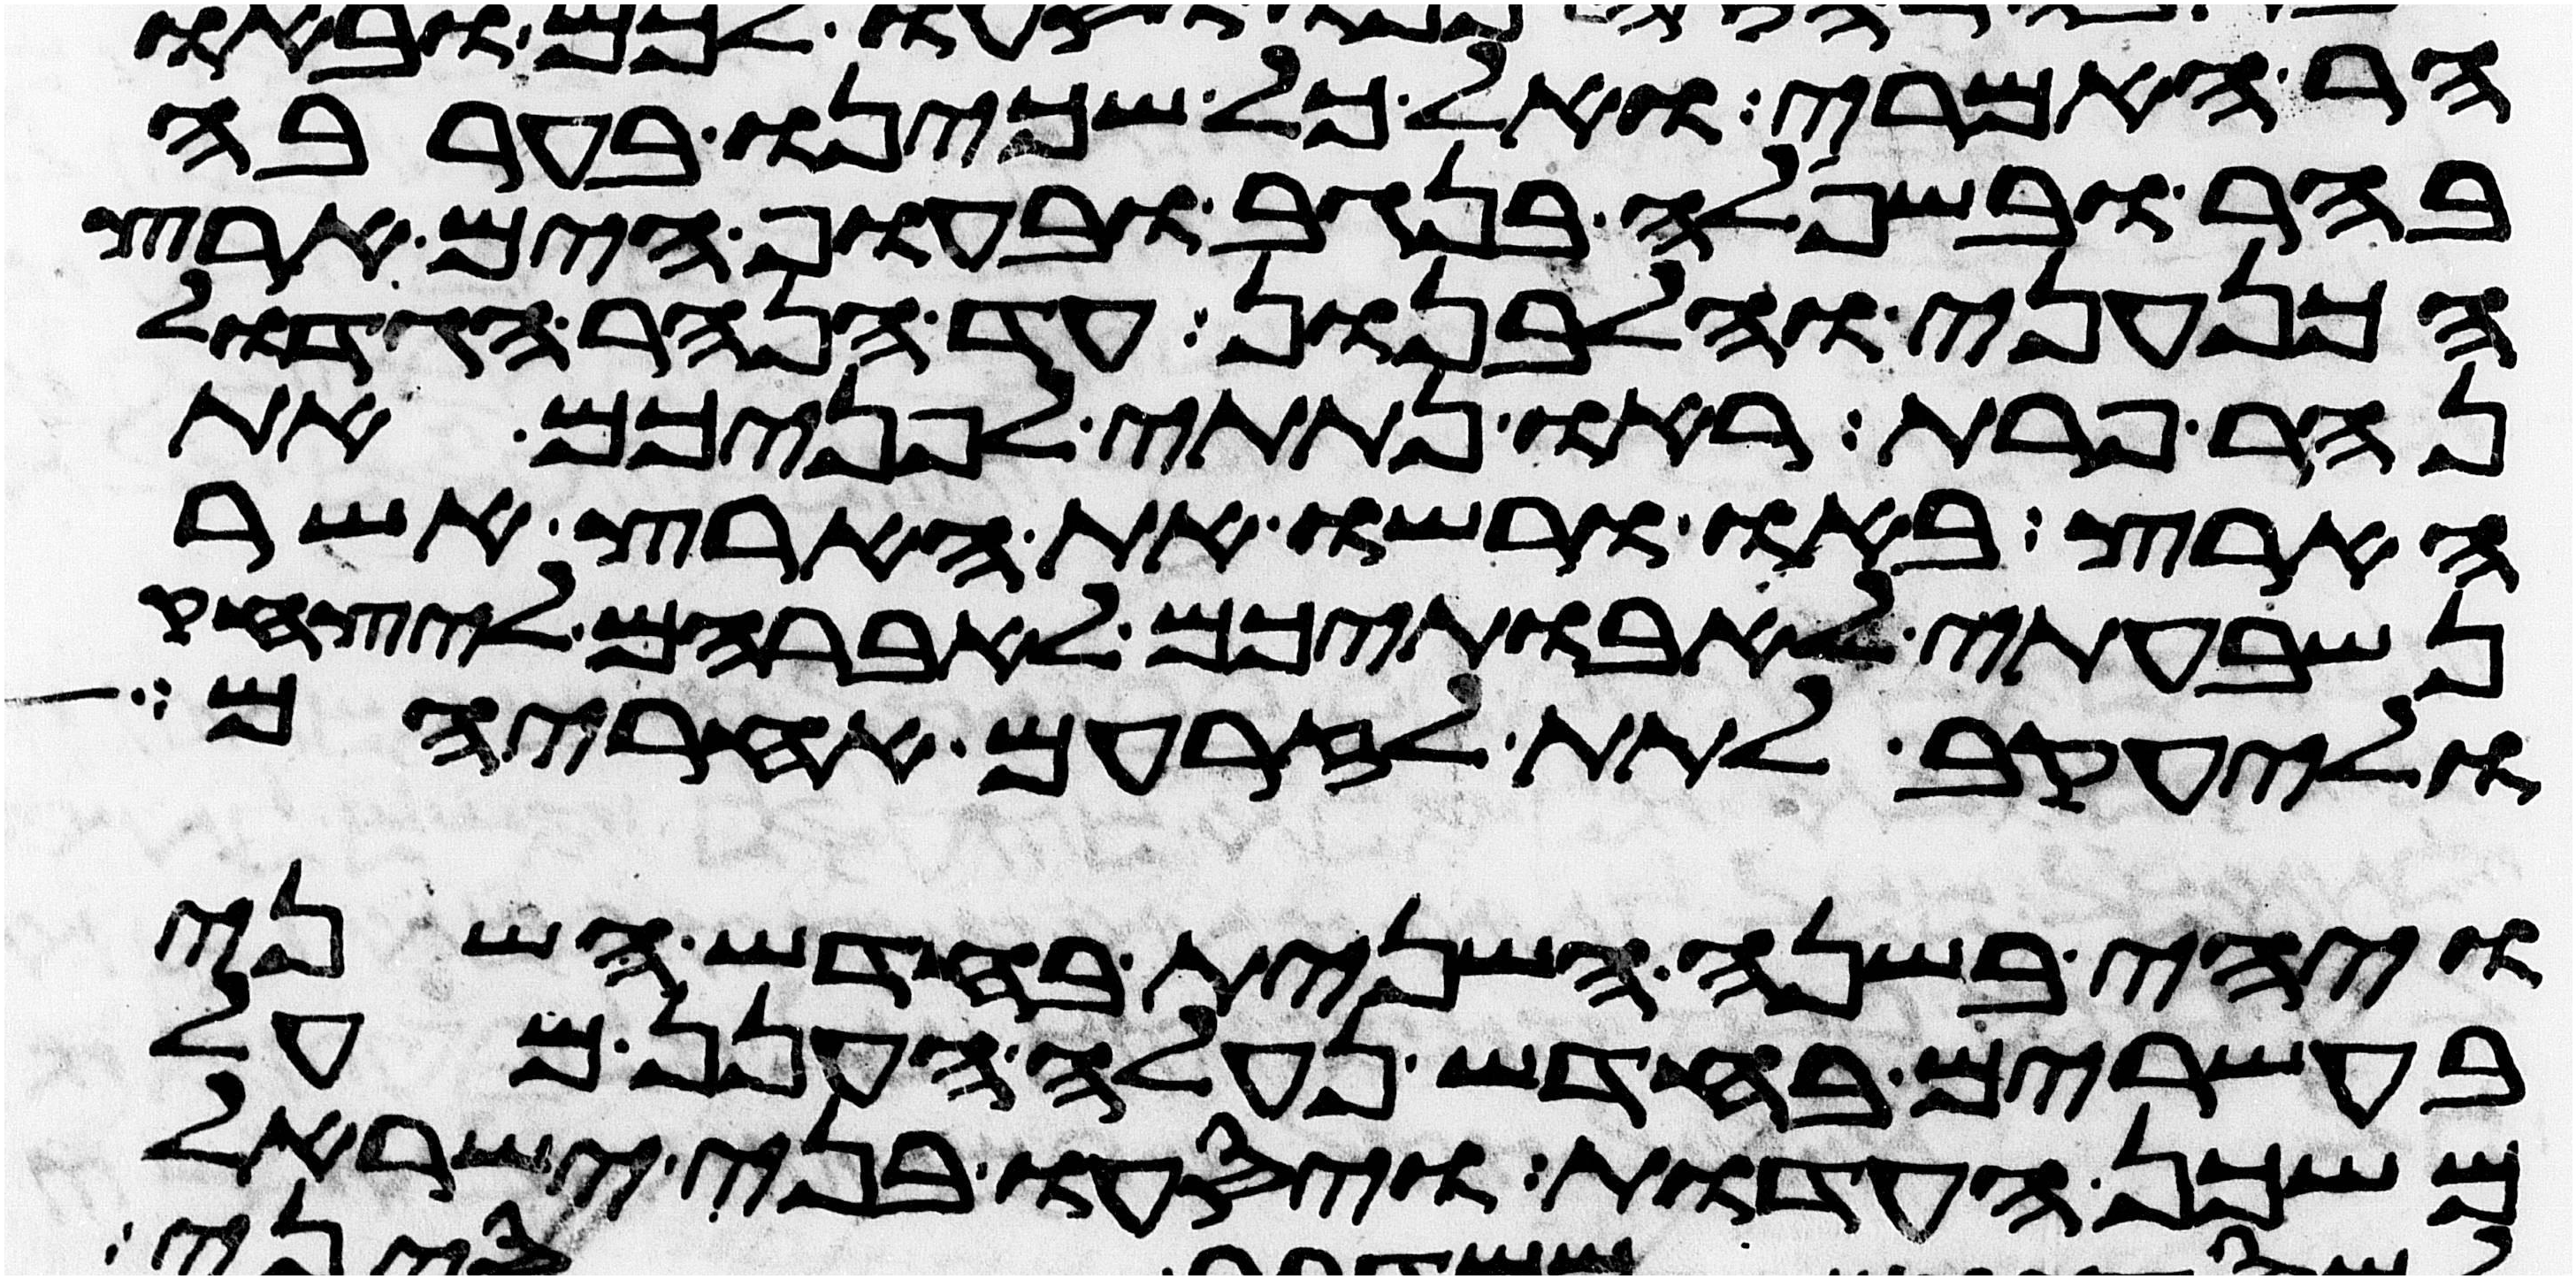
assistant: הר האמרי ואל כל שכינו בערבה
בהר ובשפלה בנגב ובחוף הים ארץ
הכנעני והלבנון עד הנהר הגדול
נהר פרת ראו נתתי לפניכם את
הארץ באו ורשו את הארץ אשר
נשבעתי לאבתיכם לאברהם ליצחק
וליעקב לתת לזרעם אחריהם
ויהי בשנה השנית בחדש השני
בעשרים בחדש נעלה הענן מעל
משכן העדות ויסעו בני ישראל